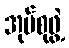
အုပ်စုဖွဲ့